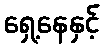
ရှေ့နေနှင့်